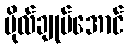
ဗိုလ်ချုပ်အောင်